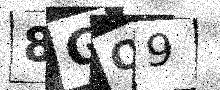
Text: 8GO9